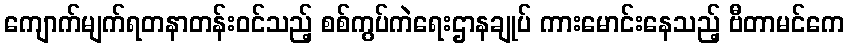
ကျောက်မျက်ရတနာတန်းဝင်သည့် စစ်ကွပ်ကဲရေးဌာနချုပ် ကားမောင်းနေသည့် ဗီတာမင်ကေ